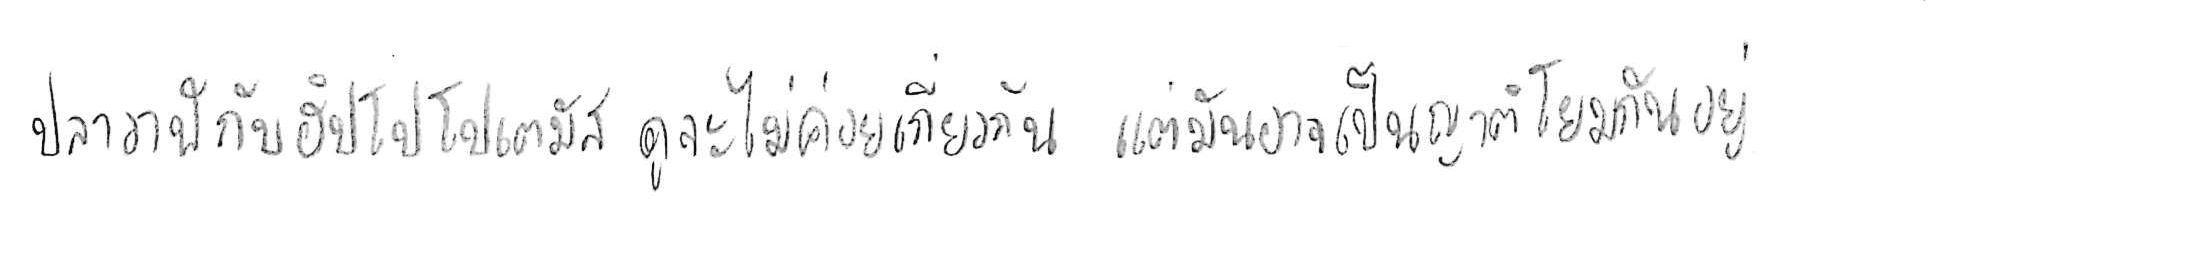
ปลาวาฬ กับ ฮิปโปโปเตมัส ดูจะไม่ค่อยเกี่ยวกัน แต่มันอาจเป็นญาติโยมกันอยู่